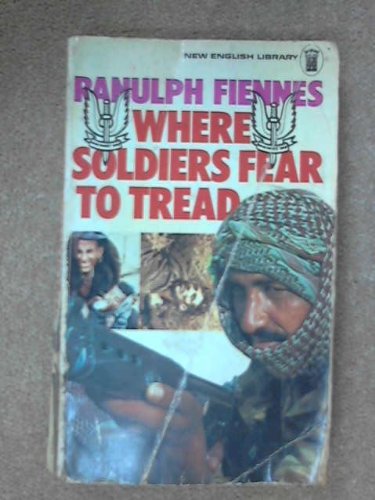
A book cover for Where Soldiers Fear to Tread; Sir Ranulph Fiennes; History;